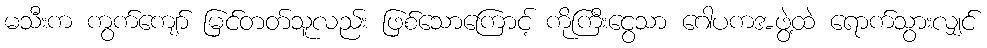
မသီးက ကွက်ကျော် မြင်တတ်သူလည်း ဖြစ်သောကြောင့် ကိုကြီးငွေသာ ဂေါပကအဖွဲ့ထဲ ရောက်သွားလျှင်